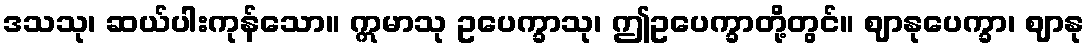
ဒသသု၊ ဆယ်ပါးကုန်သော။ ဣမာသု ဥပေက္ခာသု၊ ဤဥပေက္ခာတို့တွင်။ ဈာနုပေက္ခာ၊ ဈာနု